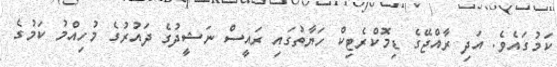
ކަމުގައެވެ. އަދި ރާއްޖޭގެ ޑިމޮކްރެޓިކް ހަޔާތުގައި ރައީސް ނަޝީދުގެ ދައުރުގެ މުހިއްމު ކަމުގެ